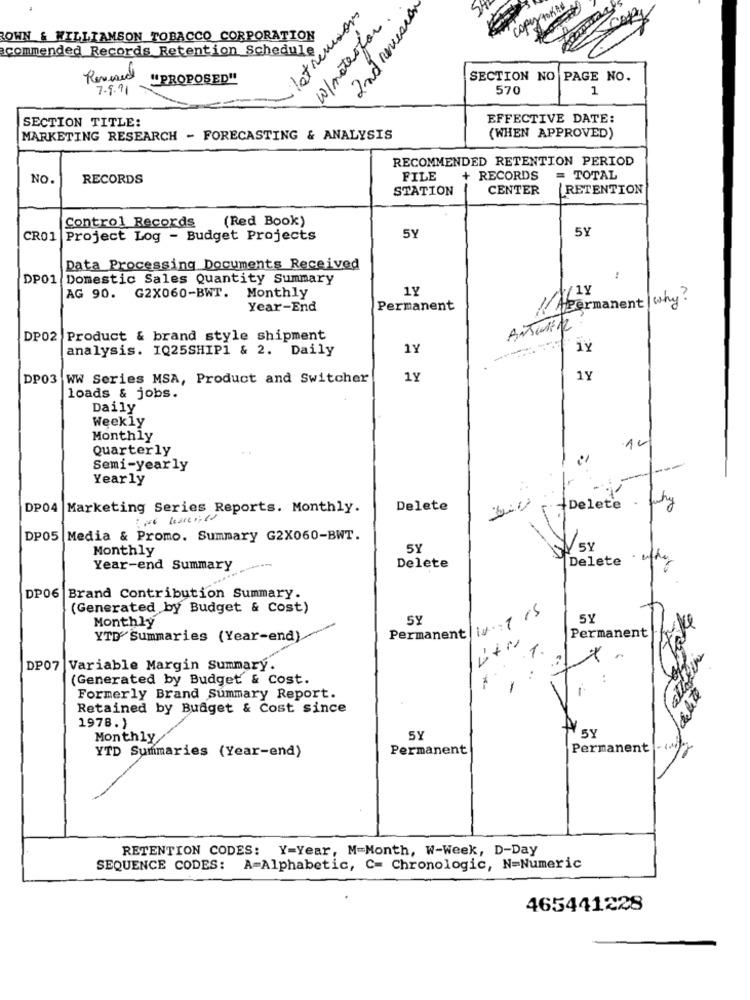
latreusor
2nd Revision
W/materfor
OWN & WILLIAMSON TOBACCO CORPORATION
commended Records Retention Schedule
Revised
"PROPOSED"
SECTION NO
PAGE NO.
7.9.91
570
1
SECTION TITLE:
EFFECTIVE DATE:
MARKETING RESEARCH - FORECASTING & ANALYSIS
(WHEN APPROVED)
RECOMMENDED RETENTION PERIOD
NO.
RECORDS
FILE
+ RECORDS
= TOTAL
STATION
CENTER
RETENTION
Control Records
(Red Book)
5Y
CR01 Project Log - Budget Projects
5Y
Data Processing Documents Received
DP01 Domestic Sales Quantity Summary
1Y
AG 90. G2X060-BWT. Monthly
/Apermanent | why?
Year-End
Permanent
DP02 Product & brand style shipment
analysis. IQ25SHIP1 & 2. Daily
1Y
1y
DP03 WW Series MSA, Product and Switcher
1Y
1Y
loads & jobs.
Daily
Weekly
Monthly
Quarterly
10
Semi-yearly
Yearly
hy
DP04 Marketing Series Reports. Monthly.
Delete
+Delete
DP05 Media & Promo. Summary G2X060-BWT.
Monthly
5Y
1 5Y
Delete
· other
Year-end Summary
Delete
DP06 Brand Contribution Summary.
(Generated by Budget & Cost)
Monthly
Permanent / 11/5
SY
SY
Permanent
YTD Summaries (Year-end)
1.
DP07 Variable Margin Summary.
(Generated by Budget & Cost.
..
Formerly Brand Summary Report.
Retained by Budget & Cost since
1978.)
Monthly
5Y
Permanent
Permanent - 4
YTD Summaries (Year-end)
RETENTION CODES: Y=Year, M=Month, W-Week, D-Day
SEQUENCE CODES: A=Alphabetic, C= Chronologic, N=Numeric
465441228